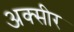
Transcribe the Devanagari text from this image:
अक्सीर